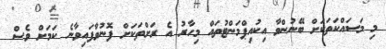
މި މަސައްކަތަކަށް ބޭނުންވާ އިކުއިޕްމަންޓުތައް މިހާރު އެ ރަށްތަކަށް ފޮނުވާފައިވާނެ ކަމަށް ވެސް